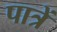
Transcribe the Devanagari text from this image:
पात्रें